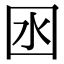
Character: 囦